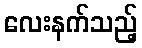
လေးနက်သည့်